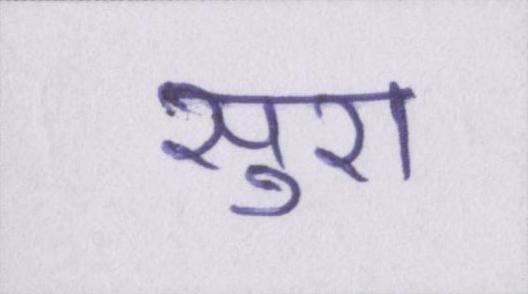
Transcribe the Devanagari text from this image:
सुरा